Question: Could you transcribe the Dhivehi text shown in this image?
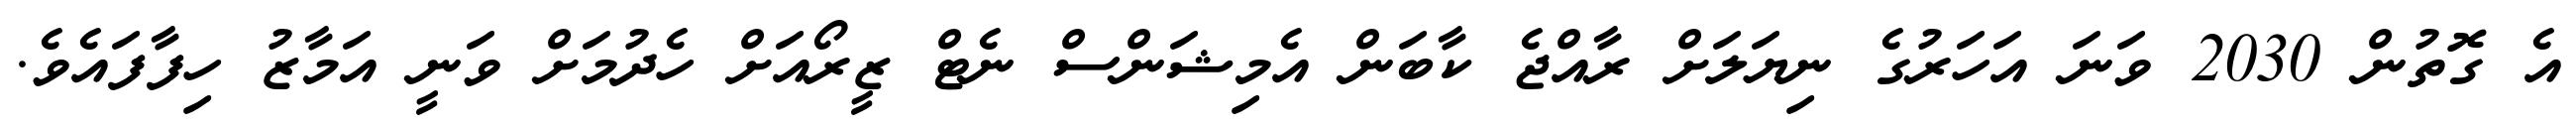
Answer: އެ ގޮތުން 2030 ވަނަ އަހަރުގެ ނިޔަލަށް ރާއްޖެ ކާބަން އެމިޝަންސް ނެޓް ޒީރޯއަށް ހެދުމަށް ވަނީ އަމާޒު ހިފާފައެވެ.